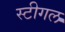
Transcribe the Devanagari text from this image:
स्टीगल